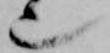
也